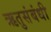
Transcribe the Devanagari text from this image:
ऋतुसंबंधी